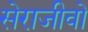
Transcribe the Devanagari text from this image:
सेराजीवो